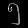
Digit: ၅